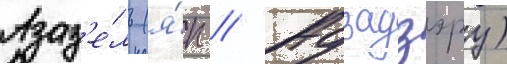
Азаз'е́ль (я́п // Адзадзэру)